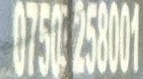
0750 258001